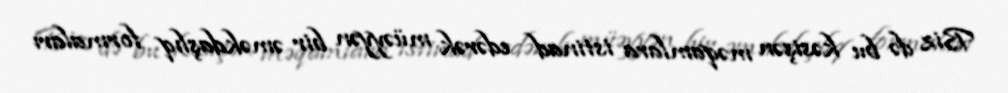
Biz də bu kəsişən məqamlara istinad edərək müəyyən bir əməkdaşlıq formaları